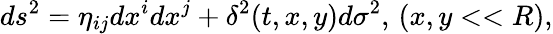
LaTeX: ds^{2}=\eta_{ij}dx^{i}dx^{j}+\delta^{2}(t,x,y)d\sigma^{2},\, (x,y<<R),